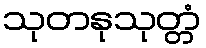
သုတနုသုတ္တံ